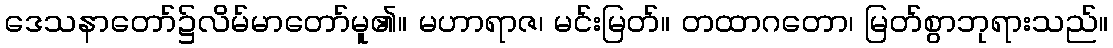
ဒေသနာတော်၌လိမ်မာတော်မူ၏။ မဟာရာဇ၊ မင်းမြတ်။ တထာဂတော၊ မြတ်စွာဘုရားသည်။